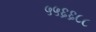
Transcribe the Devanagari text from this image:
५५६६८८